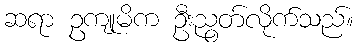
ဆရာ ဥကျုမိက ဦးညွတ်လိုက်သည်။